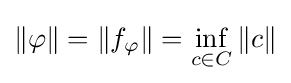
\|\varphi \|=\left\|f_{\varphi }\right\|=\inf _{c\in C}\|c\|